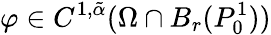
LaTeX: \varphi\in C^{1,\tilde{\alpha}}(\Omega\cap B_{r}(P_{0}^{1}))